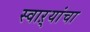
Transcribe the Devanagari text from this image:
स्वाऱ्यांचा